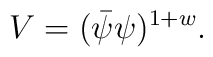
V=(\bar{\psi}\psi)^{1+w}.